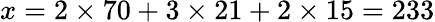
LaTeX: x=2\times 70+3\times 21+2\times 15=233